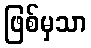
ဖြစ်မှသာ